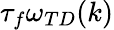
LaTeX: \tau_{f}\omega_{TD}(k)